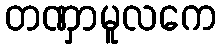
တဏှာမူလကေ